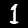
Digit: 1